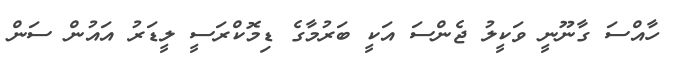
ހާއްސަ ގާނޫނީ ވަކީލު ޖެންސަ އަކީ ބަރުމާގެ ޑިމޮކްރަސީ ލީޑަރު އައުން ސަން